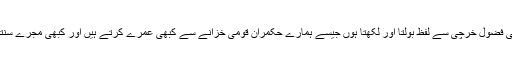
میں اتنی فضول خرچی سے لفظ بولتا اور لکھتا ہوں جیسے ہمارے حکمران قومی خزانے سے کبھی عمرے کرتے ہیں اور کبھی مجرے سنتے ہیں۔